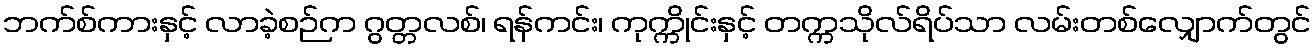
ဘက်စ်ကားနှင့် လာခဲ့စဉ်က ဂွတ္တလစ်၊ ရန်ကင်း၊ ကုက္ကိုင်းနှင့် တက္ကသိုလ်ရိပ်သာ လမ်းတစ်လျှောက်တွင်